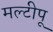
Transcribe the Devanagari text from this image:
मल्टीपू